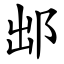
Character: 䢺